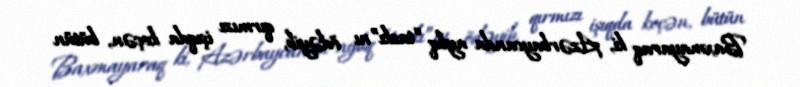
Baxmayaraq ki, Azərbaycanda aylıq “taskı”nı ödəyib, qırmızı işıqda keçən, bütün